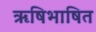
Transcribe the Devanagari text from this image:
ऋषिभाषित